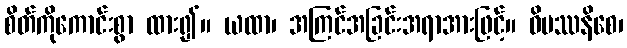
စိတ်ကိုကောင်းစွာ ထား၍။ ယထာ၊ အကြင်အခြင်းအရာအားဖြင့်။ ဝိပဿနိစေ၊